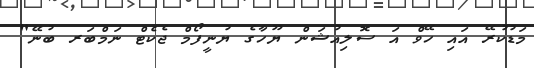
މަޑުކުރޭ އައި ހޭވް އަ ސޮލިއުޝަން ޔޫހާގެ ޔުނީފޯމް ޖެކެޓް ނަމްބަރ ބުނޭ"